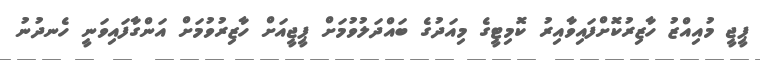
ޕީޖީ މުއިއްޒު ހާޒިރުކޮށްފައިވާއިރު ކޮމިޓީގެ މިއަދުގެ ބައްދަލުވުމަށް ޕީޖީއަށް ހާޒިރުވުމަށް އަންގާފައިވަނީ ހެނދުނު